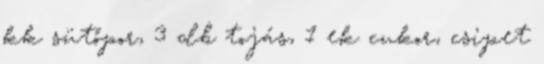
kk sütőpor, 3 db tojás, 1 ek cukor, csipet